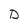
Character: D